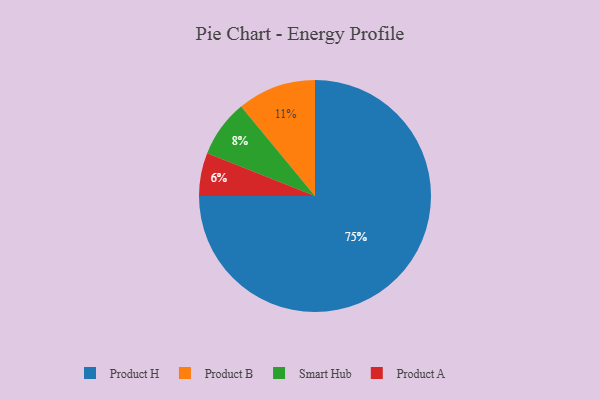
{"axis": {"x": "Category", "y": "Percentage"}, "legend": ["Product A", "Product B", "Product H", "Smart Hub"], "data": [{"x": "Product H", "y": 75, "type": "Product H"}, {"x": "Smart Hub", "y": 8, "type": "Smart Hub"}, {"x": "Product B", "y": 11, "type": "Product B"}, {"x": "Product A", "y": 6, "type": "Product A"}]}